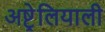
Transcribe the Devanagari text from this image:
अष्ट्रेलियाली